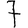
Digit: 7